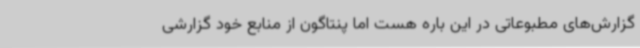
گزارش‌های مطبوعاتی در این باره هست اما پنتاگون از منابع خود گزارشی